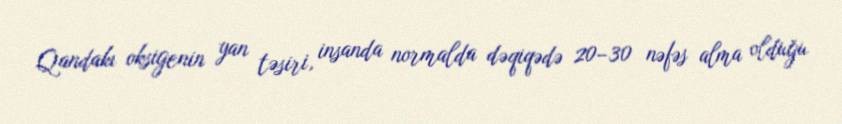
Qandakı oksigenin yan təsiri, insanda normalda dəqiqədə 20–30 nəfəs alma olduğu